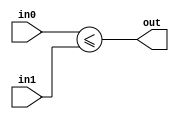
module coreir_ule #(
    parameter width = 1
) (
    input [width-1:0] in0,
    input [width-1:0] in1,
    output out
);
  assign out = in0 <= in1;
endmodule

module coreir_ule4_wrapped (
    input [3:0] I0,
    input [3:0] I1,
    output O
);
wire coreir_ule4_inst0_out;
coreir_ule #(
    .width(4)
) coreir_ule4_inst0 (
    .in0(I0),
    .in1(I1),
    .out(coreir_ule4_inst0_out)
);
assign O = coreir_ule4_inst0_out;
endmodule